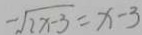
- \sqrt { 2 x - 3 } = x - 3